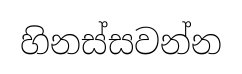
හිනස්සවන්න